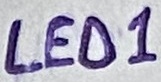
Text: LED1